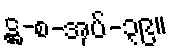
ဋ္ဌ-စ-အုပ်-၃၉။